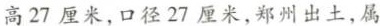
高27厘米，口径27厘米，郑州出土，属